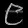
Digit: ၉